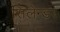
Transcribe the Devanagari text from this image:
सिलेन्डर